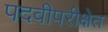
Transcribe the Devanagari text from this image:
पदवीपरीक्षेत